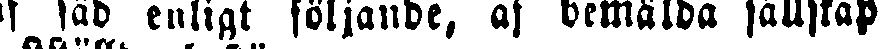
af säd enligt följande, af bemalda sällskap